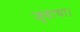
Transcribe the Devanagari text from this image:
जुडाया।